Report on vaccination in Madras 1922-1929 - 1922-1929
Year: 1922
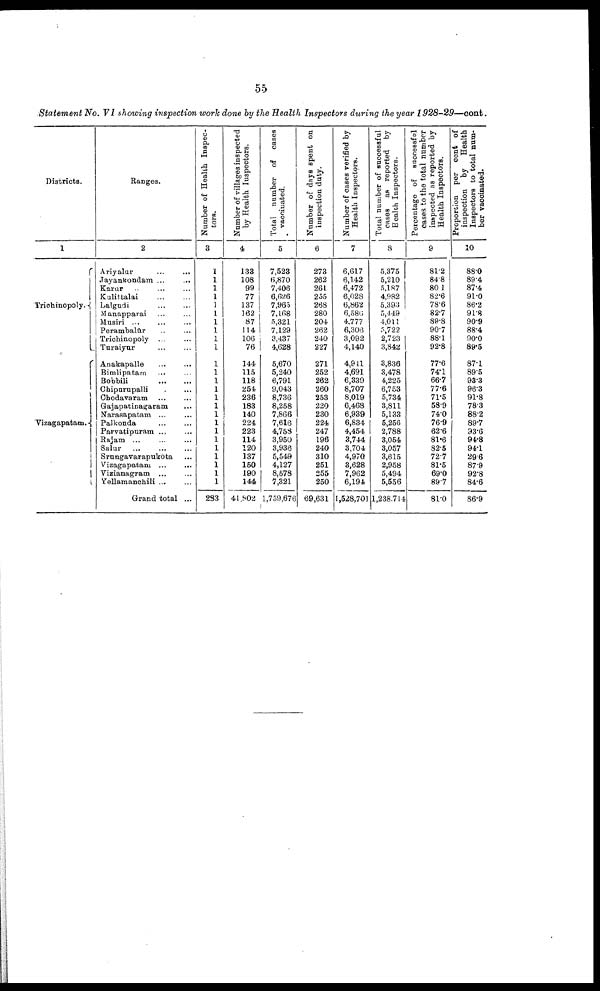
55
Statement No. VI showing inspection work done by the Health Inspectors during the year 1928-29—cont.
Districts.
1
Trichinopoly.
Vizagapatam.
Ranges.
2
Ariyalur
...
...
Jayankondam ...
...
Karur
…
…
…
Kulittalai … …
Lalgudi
…
…
Manapparai … …
Musiri ... … …
Perambalūr … …
Trichinopoly ... …
Turaiyur … …
Anakapalle … …
Bimlipatam … …
Bobbili
…
…
Chipurupalli …
Chodavaram
…
…
Gajapatinagaram …
Narasapatam ... …
Palkonda
…
…
Parvatipuram ... …
Rajam ...
...
...
Salur … … …
Srungavarapukota …
Vizagapatam
…
…
Vizianagram ... …
Yellamanchili … …
Grand total ...
Number of Health Inspec
tors.
3
1
1
1
1
1
1
1
1
1
1
1
1
1
1
1
1
1
1
1
1
1
1
1
1
1
283
Number of villages inspected
by Health Inspectors.
4
133
108
99
77
137
162
87
114
106
76
144
115
118
254
236
183
140
224
223
114
120
137
150
190
144
41,802
Total number of cases
vaccinated.
5
7,523
6,870
7,406
6,626
7,965
7,168
5,321
7,129
3,437
4,628
5,670
5,240
6,791
9,043
8,736
8,258
7,866
7,616
4,758
3,950
3,936
5,549
4,127
8,578
7,321
1,759,676
Number of days
spent on
inspection duty.
6
273
262
261
255
268
280
204
262
240
227
271
252
262
260
253
220
230
224
247
196
240
310
251
255
250
69,631
Number of cases verified by
Health Inspectors.
7
6,617
6,142
6,472
6,028
6,862
6,586
4,777
6,306
3,092
4,140
4,941
4,691
6,339
8,707
8,019
6,468
6,939
6,834
4,454
3,744
3,704
4,970
3,628
7,962
6,194
1,528,701
Total number of successful
cases as reported by
Healch Inspectors.
8
5,375
5,210
5,187
4,982
5,393
5,449
4,011
5,722
2,723
3,842
3,836
3,478
4,225
6,753
5,734
3,811
5,133
5,256
2,788
3,054
3,057
3,615
2,958
5,494
5,556
1,238,714
Percentage of successful
cases to the total number
inspected as reported by
Health Inspectors.
9
81.2
84.8
80.1
82.6
78.6
82.7
89.8
90.7
88.1
92.8
77.6
74.1
66.7
77.6
71.5
58.9
74.0
76.9
62.6
81.6
82.5
72.7
81.5
69.0
89.7
81.0
Proportion per cent of
inspection by
Health
Inspectors to total num
ber vaccinated.
10
88.0
89.4
87.4
91.0
86.2
91.8
90.9
88.4
90.0
89.5
87.1
89.5
93.3
96.3
91.8
78.3
88.2
89.7
93.6
94.8
94.1
29.6
87.9
92.8
84.6
86.9